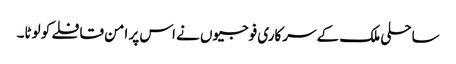
ساحلی ملک کے سرکاری فوجیوں نے اس پر امن قافلے کو لوٹا۔